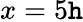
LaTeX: x=5\mathtt{h}